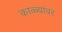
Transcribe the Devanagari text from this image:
काळ्यांवर